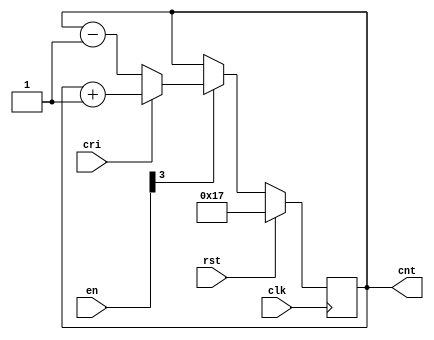
module u_d_counter

(
    input            clk,
    input            rst,
    input            cri,
    input      [3:0] en,
    output reg [5:0] cnt 
);

// UP/DOWN COUNTER TRAS RST se inicia A 23 QUE EQUIVALE A DC = 0,5

always @(posedge clk)
begin
    if(rst)
    cnt <= 6'b010111;
    else if (en[3])
        begin
            if(cri)
            cnt <= cnt + 1;
            else
            cnt <= cnt - 1;
        end
    else
    cnt <= cnt;
end

endmodule